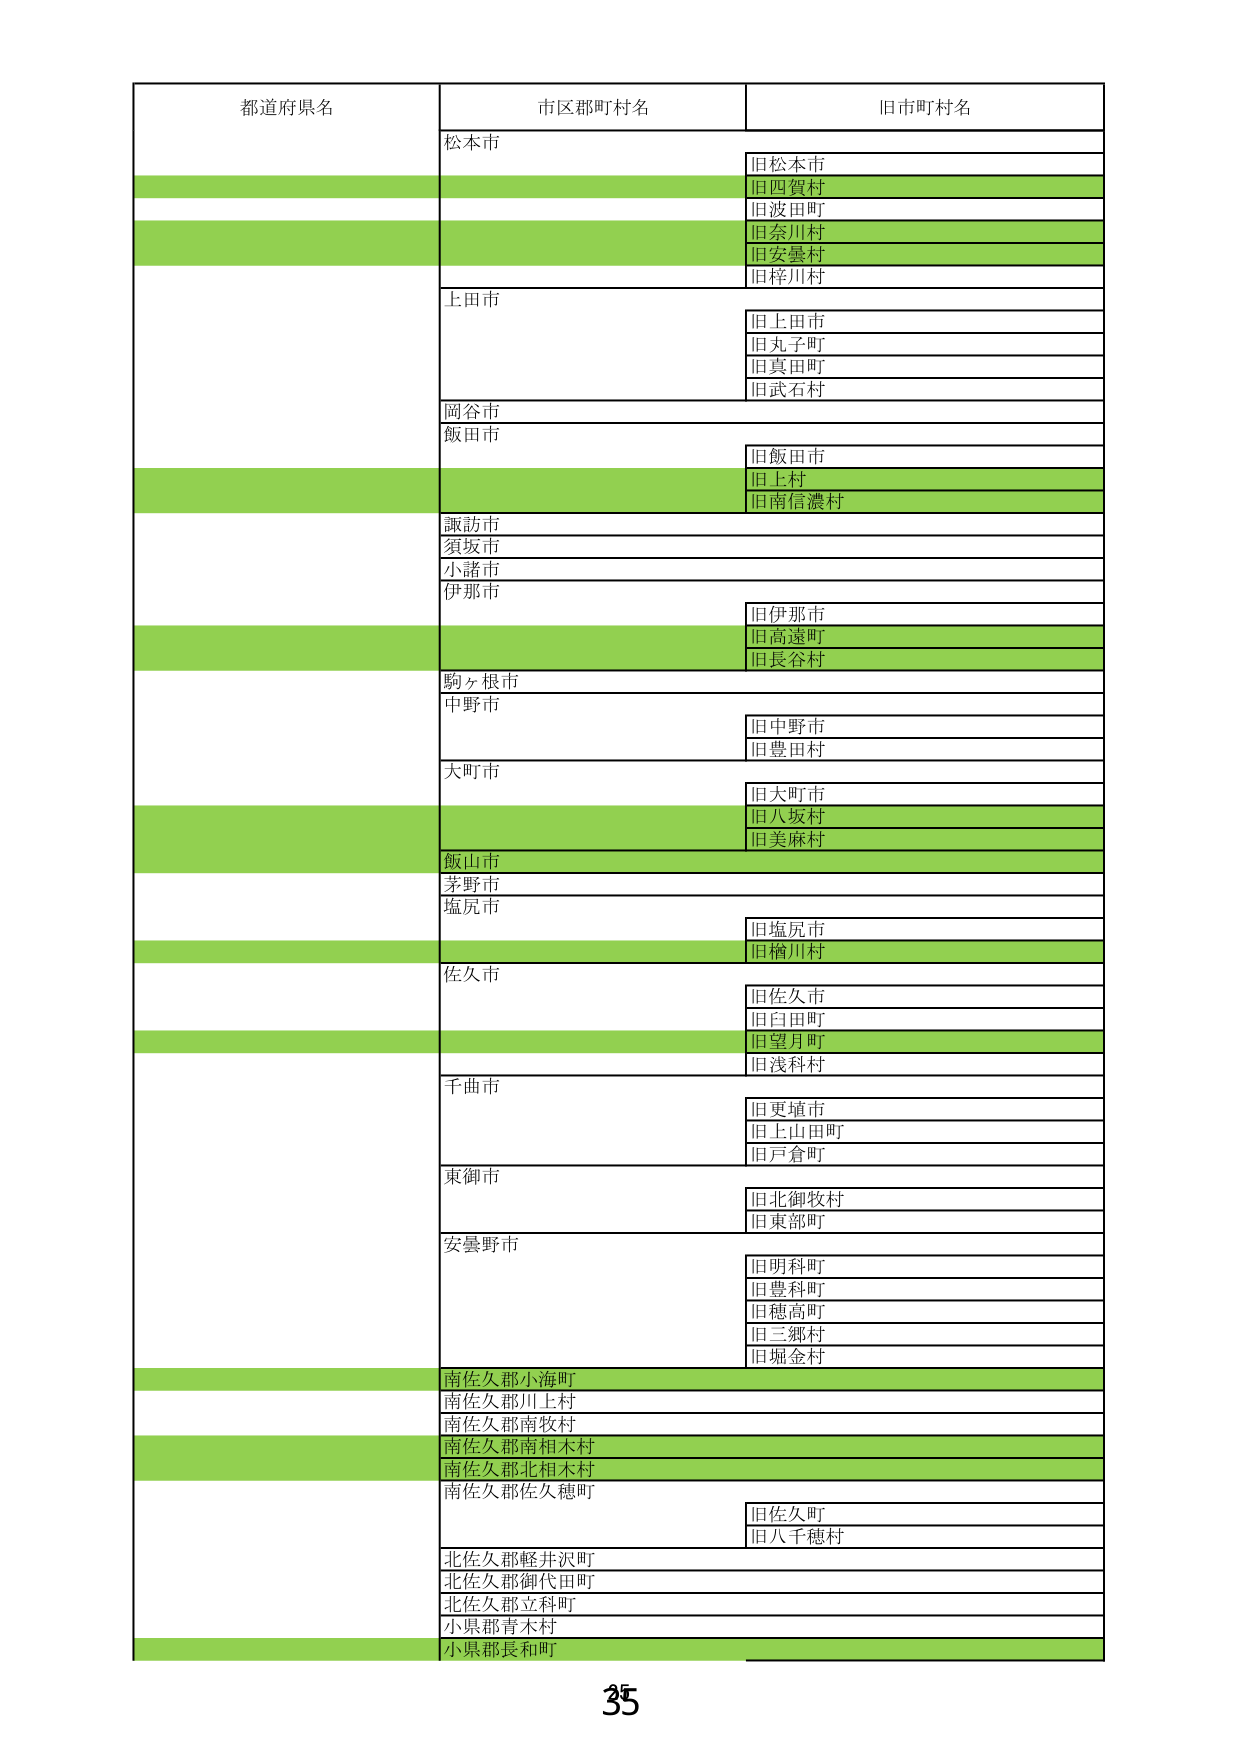
都道府県名 市区郡町村名 旧市町村名
松本市 旧松本市
旧四賀村
旧波川町
旧奈川村
旧安曇村
旧梓川村
上田市 旧上田市
旧丸子町
旧真田町
旧武石村
岡谷市
飯田市 旧飯田市
旧上村
旧南信濃村
諏訪市
須坂市
小諸市
伊那市 旧伊那市
旧高遠町
旧長谷村
駒ヶ根市
中野市 旧中野市
旧豊田村
大町市 旧大町市
旧八坂村
旧美麻村
飯山市
茅野市
塩尻市 旧塩尻市
旧楢川村
佐久市 旧佐久市
旧臼田町
旧望月町
旧浅科村
千曲市 旧更埴市
旧上山田町
旧戸倉町
東御市 旧北御牧村
旧東部町
安曇野市 旧明科町
旧豊科町
旧穂高町
旧三郷村
旧堀金村
南佐久郡小海町
南佐久郡川上村
南佐久郡南牧村
南佐久郡南相木村
南佐久郡北相木村
南佐久郡佐久穂町 旧佐久町
旧八千穂村
北佐久郡軽井沢町
北佐久郡御代田町
北佐久郡立科町
小県郡青木村
小県郡長和町
35